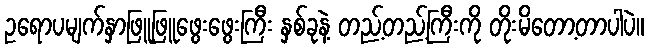
ဥရောပမျက်နှာဖြူဖြူဖွေးဖွေးကြီး နှစ်ခုနဲ့ တည့်တည့်ကြီးကို တိုးမိတော့တာပါပဲ။